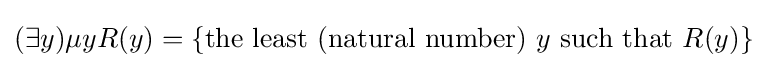
(\exists y)\mu yR(y)=\{{\mbox{the least (natural number)}}\ y\ {\mbox{such that}}\ R(y)\}